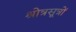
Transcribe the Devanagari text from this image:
श्रोत्रसूत्रों